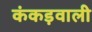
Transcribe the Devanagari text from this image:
कंकड़वाली